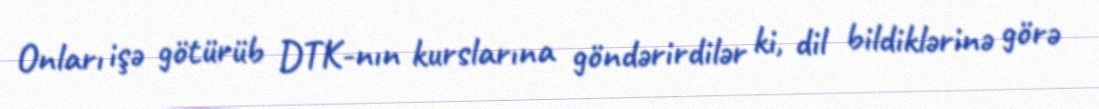
Onları işə götürüb DTK-nın kurslarına göndərirdilər ki, dil bildiklərinə görə